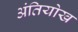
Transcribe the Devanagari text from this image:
अंतियोख